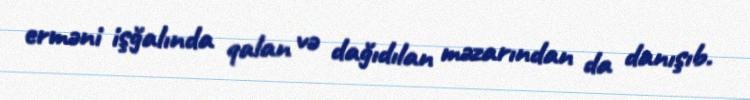
erməni işğalında qalan və dağıdılan məzarından da danışıb.